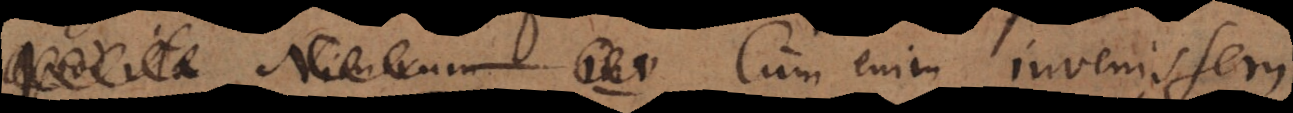
. Cum enim invenissem